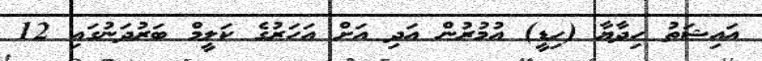
އައިޝަތު ހިދާޔާ (ހިޑީ) އުމުރުން އަދި އަށް އަހަރުގެ ކަލީމް ބަރުދަނުގައި 12